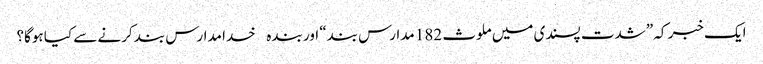
ایک خبر کہ ”شدت پسندی میں ملوث 182 مدارس بند“ اور بندہ خدا مدارس بند کرنے سے کیا ہوگا؟